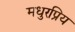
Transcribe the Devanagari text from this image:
मधुरप्रिय